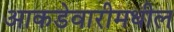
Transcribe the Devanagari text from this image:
आकडेवारीमधील